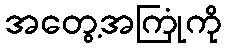
အတွေ့အကြုံကို